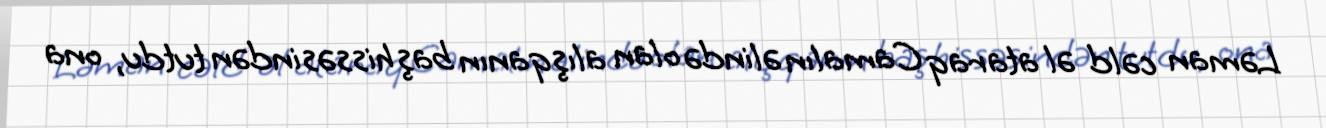
Ləman cəld əl ataraq Camalın əlində olan alışqanın baş hissəsindən tutdu, ona